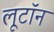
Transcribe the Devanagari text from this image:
लूटॉन